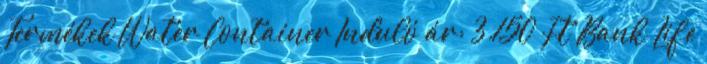
Termékek Water Container Induló ár: 3.150 Ft Bank Life